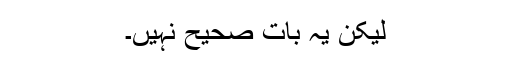
لیکن یہ بات صحیح نہیں۔